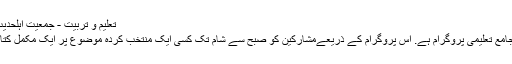
تعلیم و تربیت - جمعیت اہلحدیث حیدرآباد سکندرآباد
ایک روزہ سہ ماہی جامع تعلیمی پروگرام ہے. اس پروگرام کے ذریعےمشارکین کو صبح سے شام تک کسی ایک منتخب کردہ موضوع پر ایک مکمل کتاب پڑھائ جاتی ہے ۔